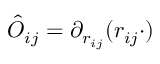
\hat { O } _ { i j } = \partial _ { r _ { i j } } ( r _ { i j } \cdot )